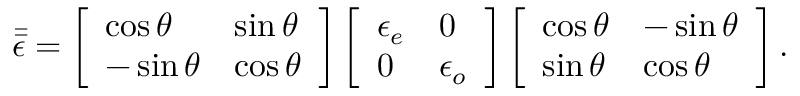
\bar { \bar { \epsilon } } = \left[ \begin{array} { l l } { \cos \theta } & { \sin \theta } \\ { - \sin \theta } & { \cos \theta } \end{array} \right] \left[ \begin{array} { l l } { \epsilon _ { e } } & { 0 } \\ { 0 } & { \epsilon _ { o } } \end{array} \right] \left[ \begin{array} { l l } { \cos \theta } & { - \sin \theta } \\ { \sin \theta } & { \cos \theta } \end{array} \right] .